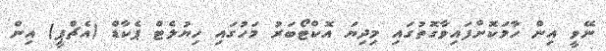
ނޭވީ އިން ހާމަކޮށްފައިވާގޮތުގައި މިދިޔަ އޮކްޓޯބަރު މަހުގައި ހިޔުލެޓް ޕެކާޑް (އެޗްޕީ) އިން